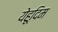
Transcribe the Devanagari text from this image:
येहूदिम